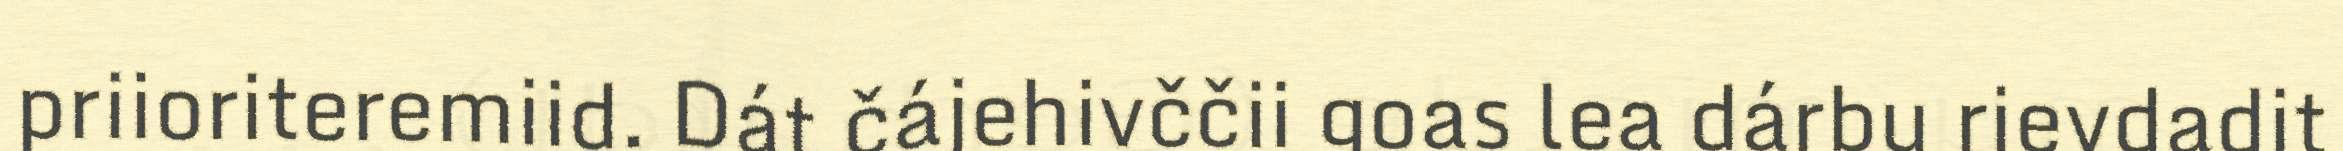
priioriteremiid. Dát čájehivččii goas lea dárbu rievdadit